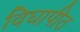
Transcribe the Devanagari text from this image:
विघापीठ